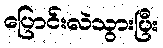
ပြောင်းလဲသွားပြီး